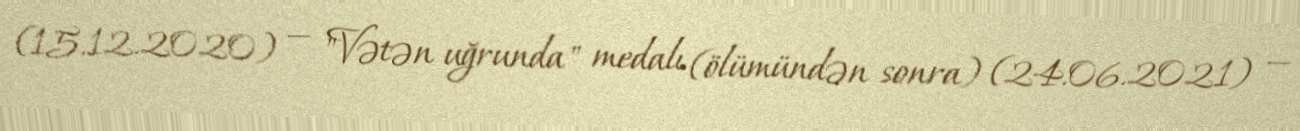
(15.12.2020) — "Vətən uğrunda" medalı (ölümündən sonra) (24.06.2021) —